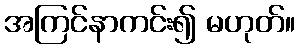
အကြင်နာကင်း၍ မဟုတ်။